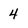
Character: 4